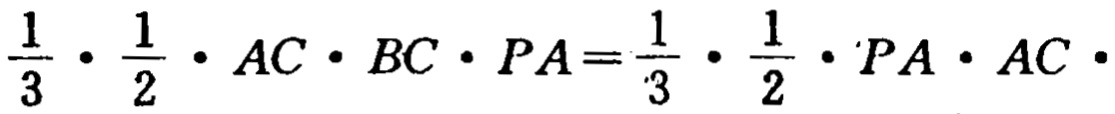
\(\frac{1}{3}\cdot\frac{1}{2}\cdot AC\cdot BC\cdot PA=\frac{1}{3}\cdot\frac{1}{2}\cdot PA\cdot AC\cdot\)